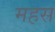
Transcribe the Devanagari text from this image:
महस